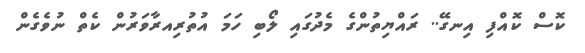
ކޮސް ކޮއްފި އިނގޭ.. ރައްޔިތުންގެ މެދުގައި ލޯބި ހަމަ އުތުރިއރާވަރުން ކެތް ނުވެގެން